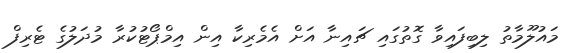
މައުލޫމާތު ލިބިފައިވާ ގޮތުގައި ޗައިނާ އަށް އެމެރިކާ އިން އިމްޕޯޓުކުރާ މުދަލުގެ ޓެރިފް